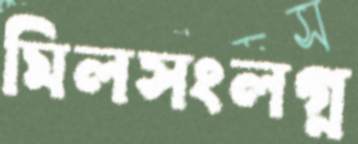
মিলসংলগ্ন